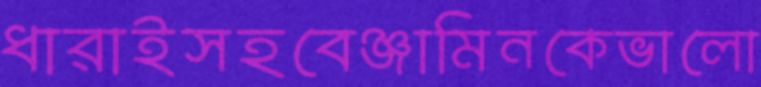
ধারাইসহবেঞ্জামিনকেভালো